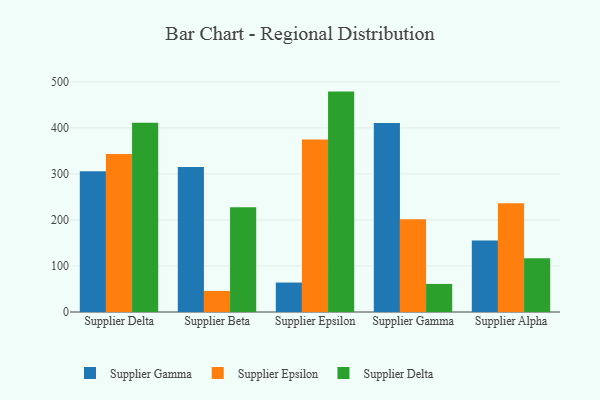
{"axis": {"x": "Supplier", "y": "Temperature (°C)"}, "legend": ["Supplier Delta", "Supplier Epsilon", "Supplier Gamma"], "data": [{"x": "Supplier Delta", "y": 305.9, "type": "Supplier Gamma"}, {"x": "Supplier Delta", "y": 343.0, "type": "Supplier Epsilon"}, {"x": "Supplier Delta", "y": 411.2, "type": "Supplier Delta"}, {"x": "Supplier Beta", "y": 315.2, "type": "Supplier Gamma"}, {"x": "Supplier Beta", "y": 45.8, "type": "Supplier Epsilon"}, {"x": "Supplier Beta", "y": 227.6, "type": "Supplier Delta"}, {"x": "Supplier Epsilon", "y": 64.0, "type": "Supplier Gamma"}, {"x": "Supplier Epsilon", "y": 374.7, "type": "Supplier Epsilon"}, {"x": "Supplier Epsilon", "y": 478.8, "type": "Supplier Delta"}, {"x": "Supplier Gamma", "y": 410.8, "type": "Supplier Gamma"}, {"x": "Supplier Gamma", "y": 201.7, "type": "Supplier Epsilon"}, {"x": "Supplier Gamma", "y": 61.0, "type": "Supplier Delta"}, {"x": "Supplier Alpha", "y": 155.1, "type": "Supplier Gamma"}, {"x": "Supplier Alpha", "y": 236.0, "type": "Supplier Epsilon"}, {"x": "Supplier Alpha", "y": 116.8, "type": "Supplier Delta"}]}